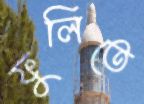
ফুলিতে